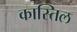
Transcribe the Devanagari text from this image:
कास्तिल